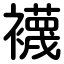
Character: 襪